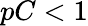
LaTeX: pC<1